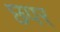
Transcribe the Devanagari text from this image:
छपर